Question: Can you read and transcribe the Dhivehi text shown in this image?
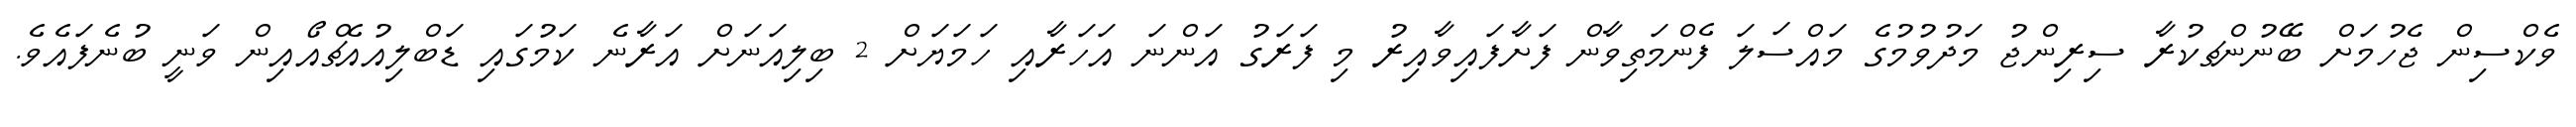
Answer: ވެކްސިން ޖެހުމަށް ބޭނުންޗކުރާ ސިރިންޖު މަދުވުމުގެ މައްސަލަ ފެންމަތިވާން ފަށާފައިވާއިރު މި ފަރަގު އަންނަ އަހަރާއި ހަމަޔަށް 2 ބިލިއަނަށް އަރާނެ ކަމުގައި ޑަބްލިއުއެޗްއޯއިން ވަނީ ބުނެފައެވެ.